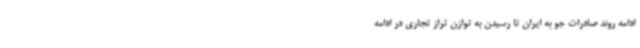
ادامه روند صادرات جو به ایران تا رسیدن به توازن تراز تجاری در ادامه